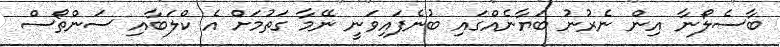
ބާސެލޯނާ އިން ނެރުނު ބަޔާނެއްގައި ބުނެފައިވަނީ ނޭމާ ގަތުމަށް އެ ކްލަބާއި ސަންތޯސް